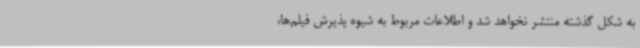
به شکل گذشته منتشر نخواهد شد و اطلاعات مربوط به شیوه پذیرش فیلم‌ها،